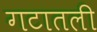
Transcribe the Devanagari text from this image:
गटातली